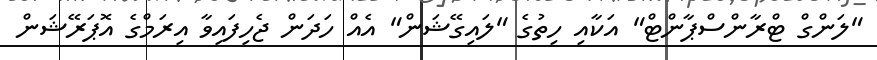
"ލަންގް ޓްރާންސްޕާންޓް" އަކާއި ހިތުގެ "ލައިގޭޝަން" އެއް ހަދަން ޖެހިފައިވާ އިރަމްގެ އޮޕަރޭޝަން